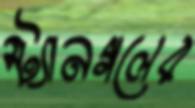
স্ট্যানগলের